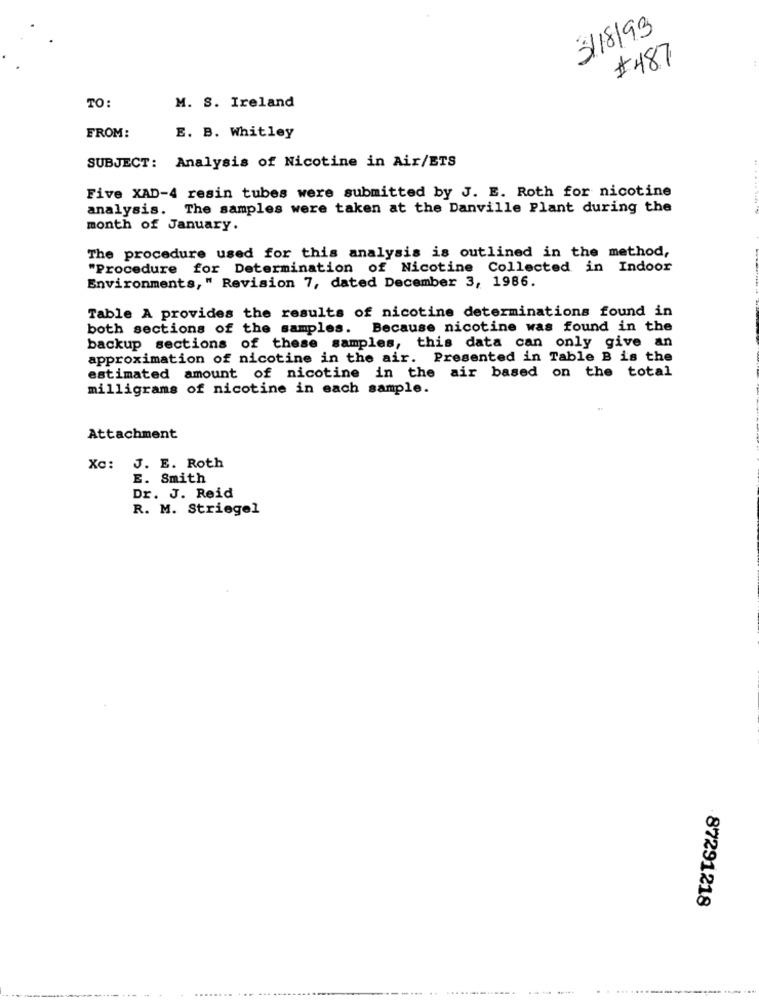
3/8/93
#487
TO:
M. S. Ireland
FROM:
E. B. Whitley
SUBJECT: Analysis of Nicotine in Air/ETS
Five XAD-4 resin tubes were submitted by J. E. Roth for nicotine
analysis. The samples were taken at the Danville Plant during the
month of January.
The procedure used for this analysis is outlined in the method,
"Procedure for Determination of Nicotine Collected in Indoor
Environments, " Revision 7, dated December 3, 1986.
Table A provides the results of nicotine determinations found in
both sections of the samples. Because nicotine was found in the
backup sections of these samples, this data can only give an
approximation of nicotine in the air. Presented in Table B is the
estimated amount of nicotine in the air based on the total
milligrams of nicotine in each sample.
Attachment
Xc: J. E. Roth
E. Smith
Dr. J. Reid
R. M. Striegel
87291218
-----
.. ......---